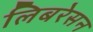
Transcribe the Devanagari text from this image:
लिबरेसन